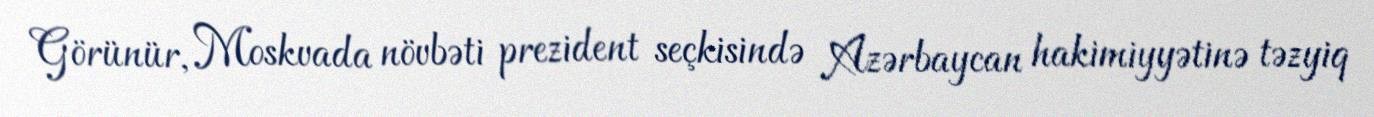
Görünür, Moskvada növbəti prezident seçkisində Azərbaycan hakimiyyətinə təzyiq